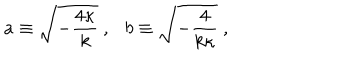
LaTeX: a \equiv \sqrt { - { \frac { 4 \kappa } { k } } } \ , \ \ \ b \equiv \sqrt { - { \frac { 4 } { k \kappa } } } \ ,